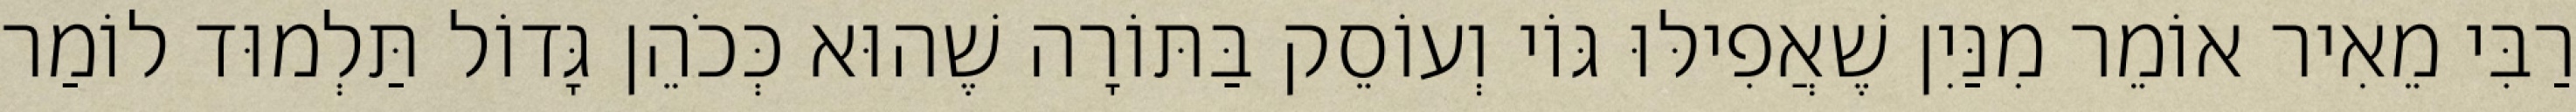
רַבִּי מֵאִיר אוֹמֵר מִנַּיִן שֶׁאֲפִילּוּ גּוֹי וְעוֹסֵק בַּתּוֹרָה שֶׁהוּא כְּכֹהֵן גָּדוֹל תַּלְמוּד לוֹמַר